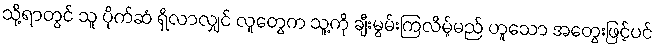
သို့ရာတွင် သူ ပိုက်ဆံ ရှိလာလျှင် လူတွေက သူ့ကို ချီးမွမ်းကြလိမ့်မည် ဟူသော အတွေးဖြင့်ပင်